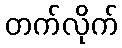
တက်လိုက်